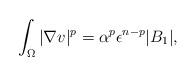
LaTeX: \begin{align*}\int_\Omega |\nabla v|^p =\alpha^p \epsilon^{n-p} |B_1|,\end{align*}